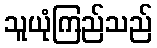
သူယုံကြည်သည်